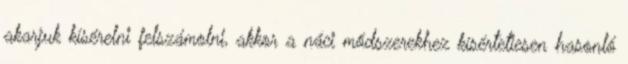
akarjuk kísérelni felszámolni, akkor a náci módszerekhez kísértetiesen hasonló